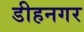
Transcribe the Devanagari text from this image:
डीहनगर